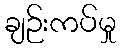
ချဉ်းကပ်မှု